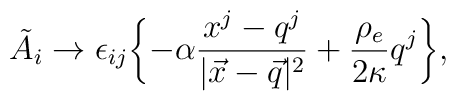
\tilde{A}_i \rightarrow \epsilon_{ij} \biggl\{ -\alpha \frac{x^j-q^j}{|\vec{x}-\vec{q}|^2} + \frac{\rho_e}{ 2\kappa} q^j \biggr\},